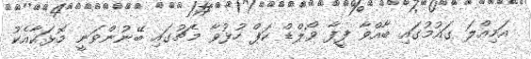
އަމިއްލަ ގައުމުގައި ބާއްވާ ފީފާ ވޯލްޑް ކަޕް ހުޅުވާ މެޗުގައި ބޭނުންވަނީ މޮޅަކާއެކު